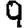
Digit: 9